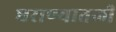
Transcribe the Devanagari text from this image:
घराण्यातली